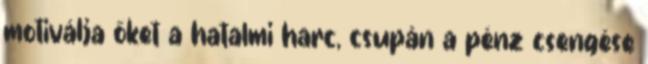
motiválja őket a hatalmi harc, csupán a pénz csengése